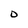
Character: D